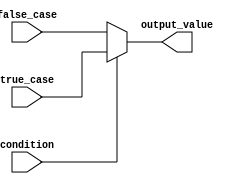
module conditional_assignment(
    input wire condition,  // Single-bit condition input
    input wire [7:0] true_case,  // 8-bit value for true case
    input wire [7:0] false_case, // 8-bit value for false case
    output reg [7:0] output_value // 8-bit output value
);

// Always block to assign output based on condition
always @(*) begin
    output_value = (condition) ? true_case : false_case; // Conditional assignment
end

endmodule